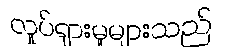
လှုပ်ရှားမှုများသည်